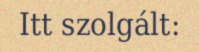
Itt szolgált: